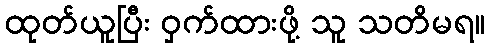
ထုတ်ယူပြီး ဝှက်ထားဖို့ သူ သတိမရ။